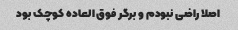
اصلا راضی نبودم و برگر فوق العاده کوچک بود